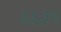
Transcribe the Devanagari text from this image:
६६३९